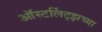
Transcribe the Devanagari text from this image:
ऑस्टर्लिट्झच्या